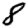
Digit: 8